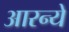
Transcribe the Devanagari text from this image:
आरन्ये